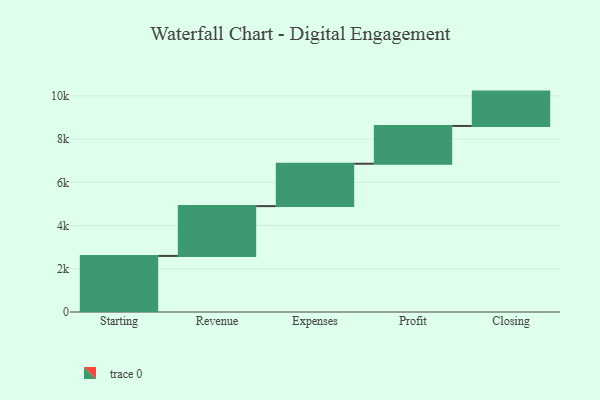
{"axis": {"x": "Step", "y": "Value"}, "legend": [""], "data": [{"x": "Starting", "y": 2595.0, "type": ""}, {"x": "Revenue", "y": 2304.0, "type": ""}, {"x": "Expenses", "y": 1961.0, "type": ""}, {"x": "Profit", "y": 1748.0, "type": ""}, {"x": "Closing", "y": 1590.0, "type": ""}]}